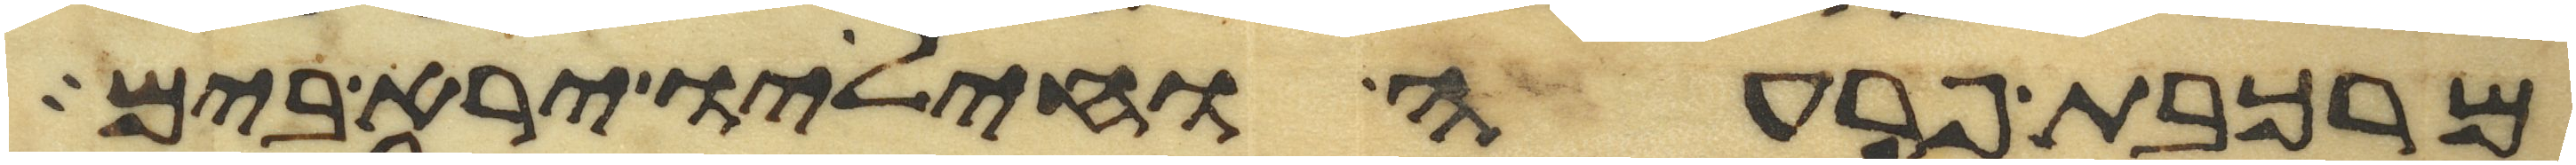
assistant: מרכבת פרעה וחיליו ירא בים